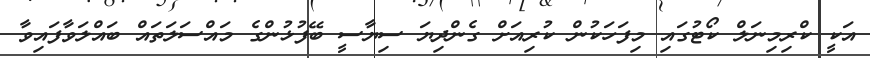
އަކީ ކްރިމިނަލް ކޯޓުގައި މިފަހަކުން ކުރިއަށް ގެންދިޔަ ސިޔާސީ ބޭފުޅުންގެ މައްސަލަތައް ބައްލަވާފައިވާ